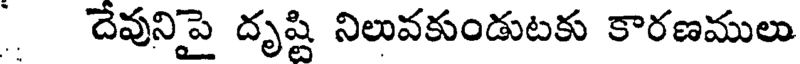
దేవునిపై దృష్టి నిలువకుండుటకు కారణములు